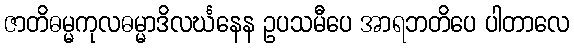
ဇာတိဓမ္မကုလဓမ္မာဒိလင်္ဃနေန ဥပသမီပေ အာရဘတိပေ ပါတာလေ